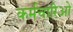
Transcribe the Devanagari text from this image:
कर्मचारिओं